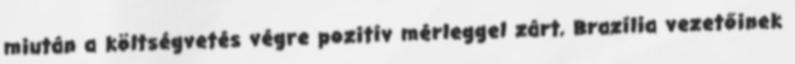
miután a költségvetés végre pozitív mérleggel zárt, Brazília vezetőinek